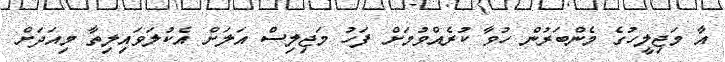
އާ މަޖިލީހުގެ މެންބަރުން ހުވާ ކުރެއްވުމަށް ފަހު މަޖިލިސް އަލަށް އެކުލަވައިލިތާ މިއަދަށް